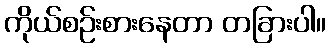
ကိုယ်စဉ်းစားနေတာ တခြားပါ။